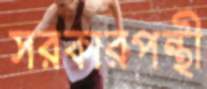
সরকারপন্থী